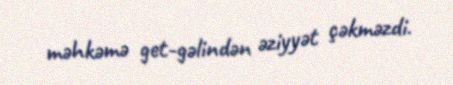
məhkəmə get-gəlindən əziyyət çəkməzdi.